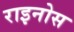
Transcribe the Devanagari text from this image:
राइनोस